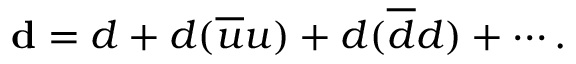
{ \bf d } = d + d ( \overline { { { u } } } u ) + d ( \overline { { { d } } } d ) + \cdots .